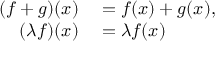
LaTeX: \begin{array} { r l } { ( f + g ) ( x ) } & { { } = f ( x ) + g ( x ) , } \\ { ( \lambda f ) ( x ) } & { { } = \lambda f ( x ) } \end{array}